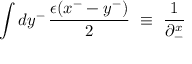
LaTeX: \int d y ^ { - } \, { \frac { \epsilon ( x ^ { - } - y ^ { - } ) } { 2 } } ~ \equiv ~ { \frac { 1 } { \partial _ { - } ^ { x } } }